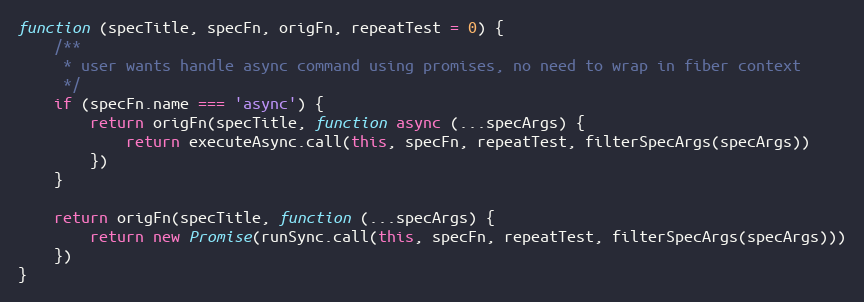
Language: JavaScript
function (specTitle, specFn, origFn, repeatTest = 0) {
    /**
     * user wants handle async command using promises, no need to wrap in fiber context
     */
    if (specFn.name === 'async') {
        return origFn(specTitle, function async (...specArgs) {
            return executeAsync.call(this, specFn, repeatTest, filterSpecArgs(specArgs))
        })
    }

    return origFn(specTitle, function (...specArgs) {
        return new Promise(runSync.call(this, specFn, repeatTest, filterSpecArgs(specArgs)))
    })
}